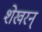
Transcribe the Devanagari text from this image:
शेखरन्